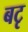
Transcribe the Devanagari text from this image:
बटृ